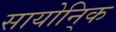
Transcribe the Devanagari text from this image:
सायोनि्क